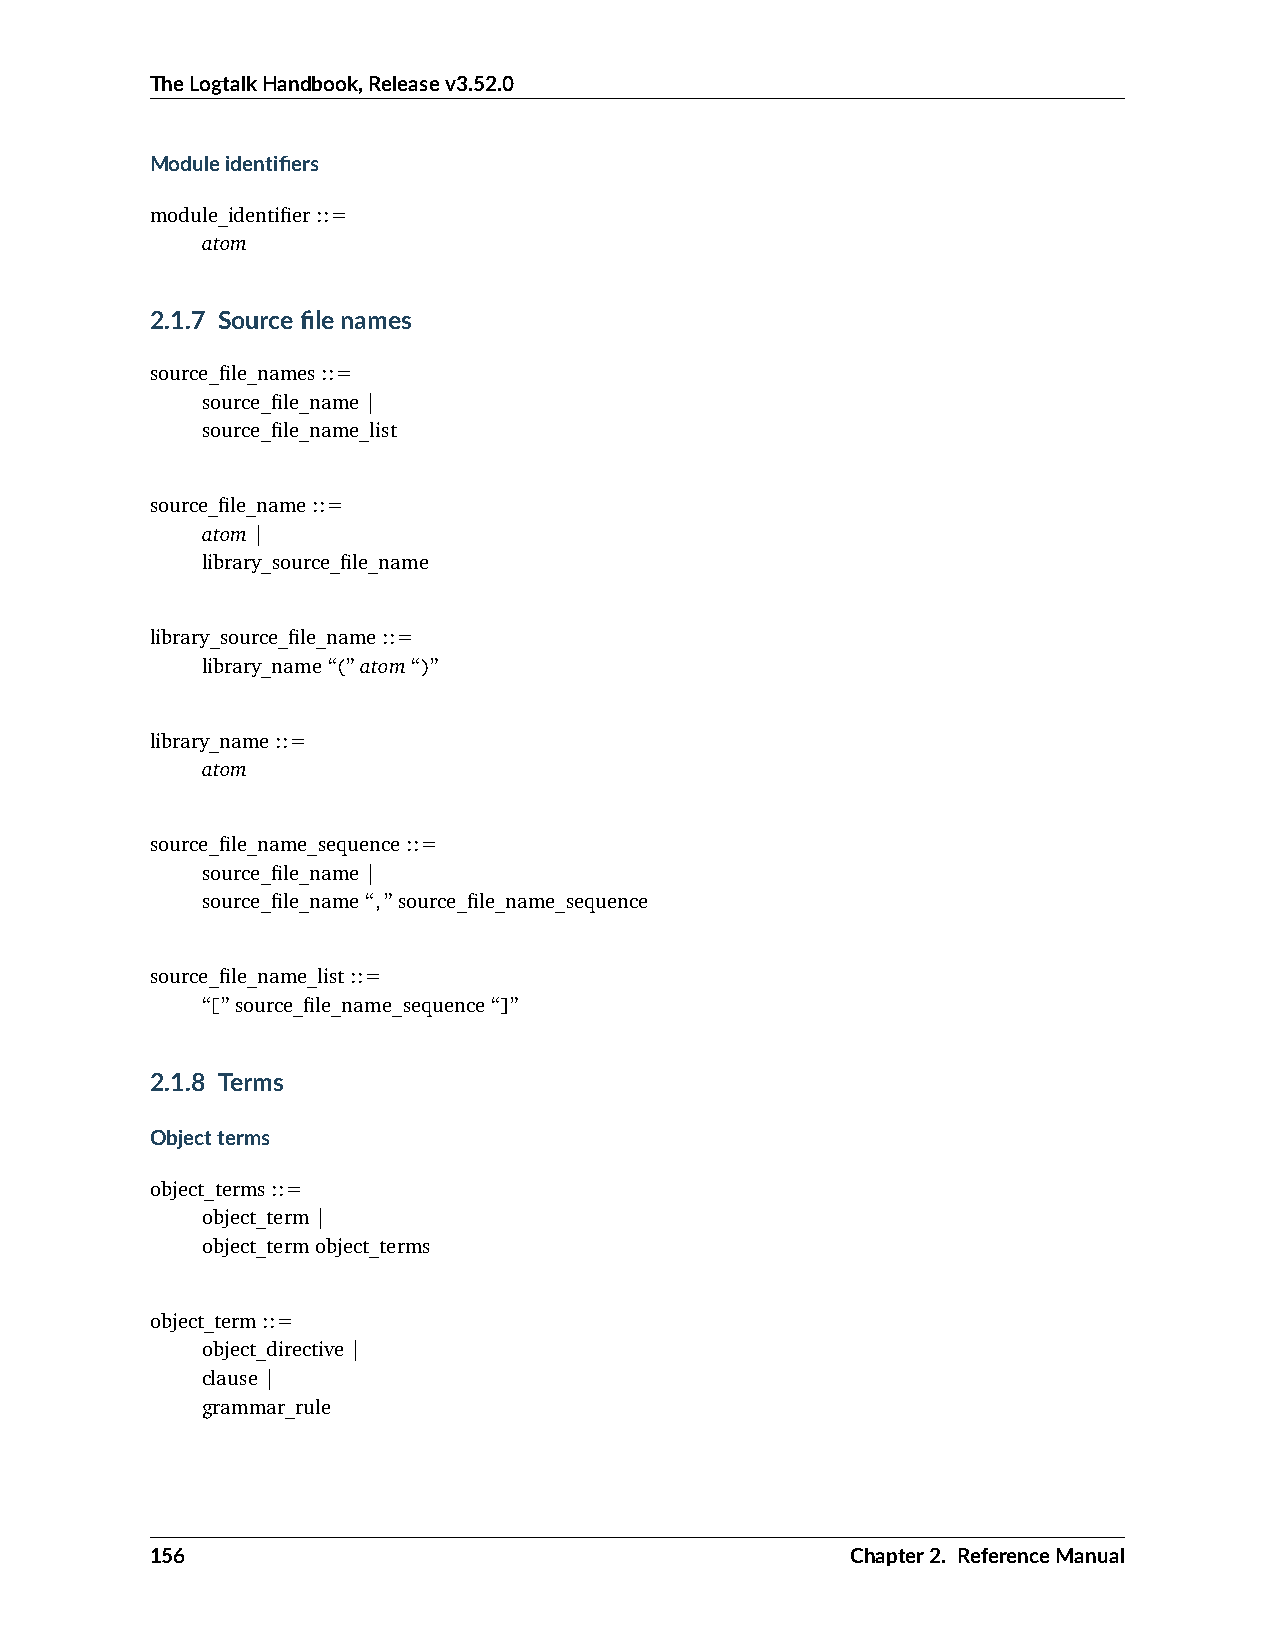
TheLogtalkHandbook,Releasev3.52.0
 Moduleidentifiers
 module_identifier::=
 atom
 2.1.7 Sourcefilenames
 source_file_names::=
 source_file_name|
 source_file_name_list
 source_file_name::=
 atom|
 library_source_file_name
 library_source_file_name::=
 library_name“(”atom“)”
 library_name::=
 atom
 source_file_name_sequence::=
 source_file_name|
 source_file_name“,”source_file_name_sequence
 source_file_name_list::=
 “[”source_file_name_sequence“]”
 2.1.8 Terms
 Objectterms
 object_terms::=
 object_term|
 object_termobject_terms
 object_term::=
 object_directive|
 clause|
 grammar_rule
 156                                           Chapter2. ReferenceManual